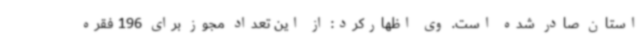
استان صادر شده است. وی اظهارکرد: از این تعداد مجوز برای 196 فقره